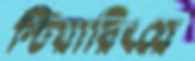
স্টিয়ারিংয়ে